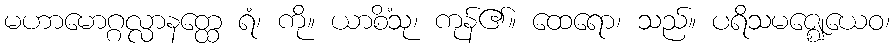
မဟာမောဂ္ဂလ္လာနတ္ထေ ရံ၊ ကို။ ယာစိံသု၊ ကုန်၏။ ထေရော၊ သည်။ ပရိသမဇ္ဈေယေဝ၊